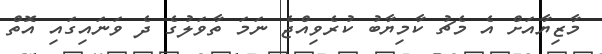
މާޒިޔާއަށް އެ މެޗު ކާމިޔާބު ކުރެވިއްޖެ ނަމަ ތާވަލުގެ ދެ ވަނައިގައި އޮތް